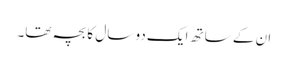
ان کے ساتھ ایک دو سال کا بچہ تھا۔